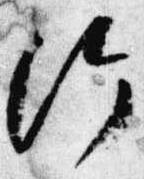
給